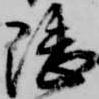
隈